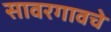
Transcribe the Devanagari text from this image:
सावरगावचे